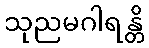
သုညမဂါရန္တိ